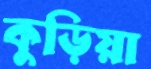
কুড়িয়া